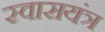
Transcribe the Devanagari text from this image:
स्वासयंत्र